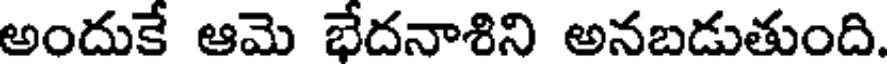
అందుకే ఆమె భేదనాశిని అనబడుతుంది.